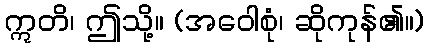
ဣတိ၊ ဤသို့။ (အဝေါစုံ၊ ဆိုကုန်၏။)